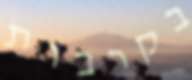
בקרבות